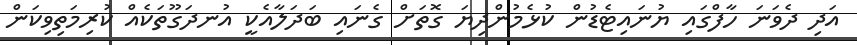
އަދި ދެވަނަ ހާފްގައި ޔުނައިޓެޑުން ކުޅެމުންދިޔަ ގޮތަށް ގެނައި ބަދަލާއެކީ އުނދަގޫތަކެއް ކުރިމަތިވިކަން